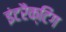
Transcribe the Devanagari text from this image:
इंटरैक्टिंग